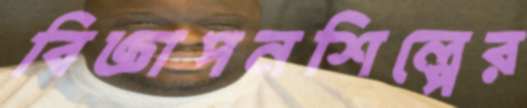
বিজ্ঞাপনশিল্পের